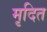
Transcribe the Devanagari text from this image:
मृदित